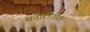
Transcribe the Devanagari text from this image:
सतारीतील